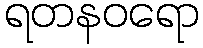
ရတနဝရော